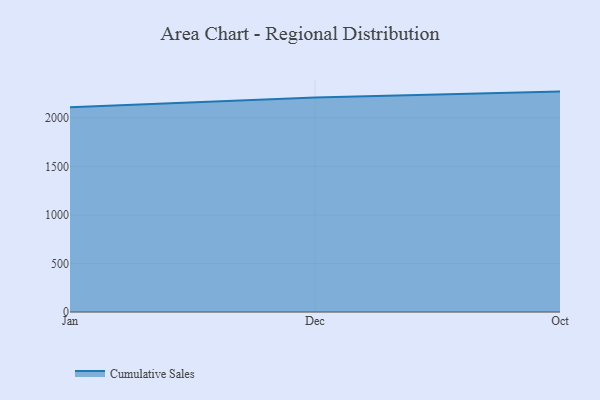
{"axis": {"x": "Month", "y": "Market Share (%)"}, "legend": ["Cumulative Sales"], "data": [{"x": "Jan", "y": 2109.0, "type": "Cumulative Sales"}, {"x": "Dec", "y": 2209.8, "type": "Cumulative Sales"}, {"x": "Oct", "y": 2269.9, "type": "Cumulative Sales"}]}